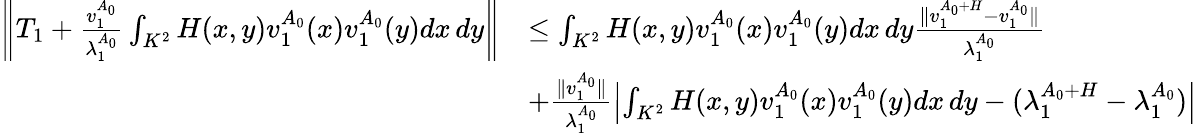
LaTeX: \begin{array}{rl}{\left\| T_{1}+\frac{v_{1}^{A_{0}}}{\lambda_{1}^{A_{0}}}\int_{K^{2}}H(x,y)v_{1}^{A_{0}}(x)v_{1}^{A_{0}}(y)dx\, dy\right\| }&{\le\int_{K^{2}}H(x,y)v_{1}^{A_{0}}(x)v_{1}^{A_{0}}(y)dx\, dy\frac{\| v_{1}^{A_{0}+H}-v_{1}^{A_{0}}\| }{\lambda_{1}^{A_{0}}}}\\ &{+\frac{\| v_{1}^{A_{0}}\| }{\lambda_{1}^{A_{0}}}\left|\int_{K^{2}}H(x,y)v_{1}^{A_{0}}(x)v_{1}^{A_{0}}(y)dx\, dy-(\lambda_{1}^{A_{0}+H}-\lambda_{1}^{A_{0}})\right|}\end{array}